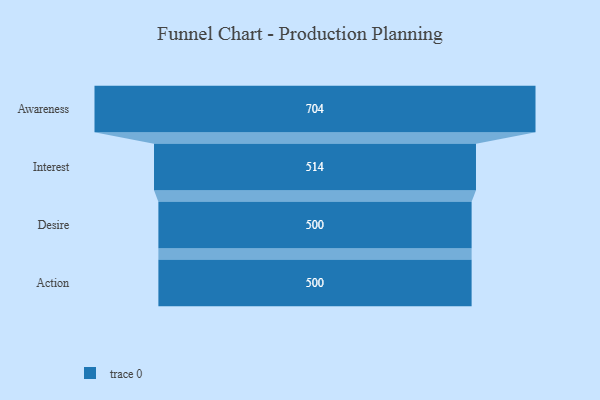
{"axis": {"x": "Stage", "y": "Value"}, "legend": [""], "data": [{"x": "Awareness", "y": 704.0, "type": ""}, {"x": "Interest", "y": 514.0, "type": ""}, {"x": "Desire", "y": 500, "type": ""}, {"x": "Action", "y": 500, "type": ""}]}